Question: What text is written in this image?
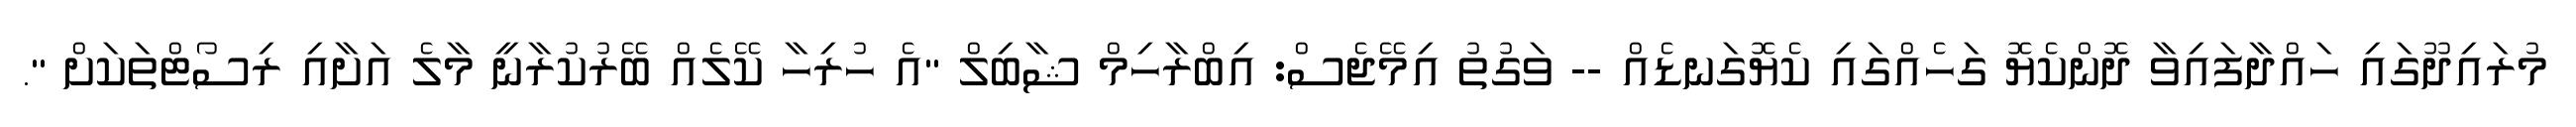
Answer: މުރައިދޫގައި ހައްދާފައިވާ ދޮންކެޔޮ ގަހެއްގައި ކެޔޮގަނޑެއް -- ވަގުތު އިމޭޖެސް: އިބްރާހިމް ޝާބިލް "އެ ހުރިހާ ކޭލެއް ބޭރުކުރާނީ މާލެ އަށާއި ރިސޯޓްތަކަށް ".